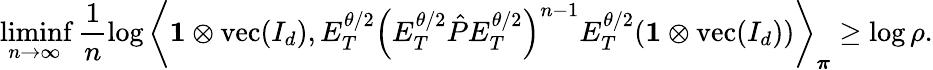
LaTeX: \operatorname*{liminf}_{n\to\infty}\frac{1}{n}\log\left\langle\mathbf{1}\otimes\operatorname{vec}(I_{d}),E_{T}^{\theta/2}\left(E_{T}^{\theta/2}\hat{P}E_{T}^{\theta/2}\right)^{n-1}E_{T}^{\theta/2}(\mathbf{1}\otimes\operatorname{vec}(I_{d}))\right\rangle_{\boldsymbol\pi}\geq\log\rho.